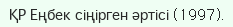
ҚР Еңбек сіңірген әртісі (1997).